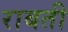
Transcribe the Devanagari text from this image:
राबती